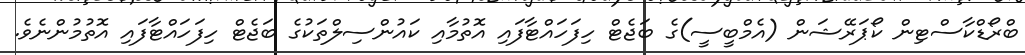
ބްރޯޑްކާސްޓިން ކޯޕަރޭޝަން (އެމްބީސީ)ގެ ބަޖެޓް ހިފަހައްޓާފައި އޮތުމާއި ކައުންސިލްތަކުގެ ބަޖެޓް ހިފަހައްޓާފައި އޮތުމުންނެވެ.